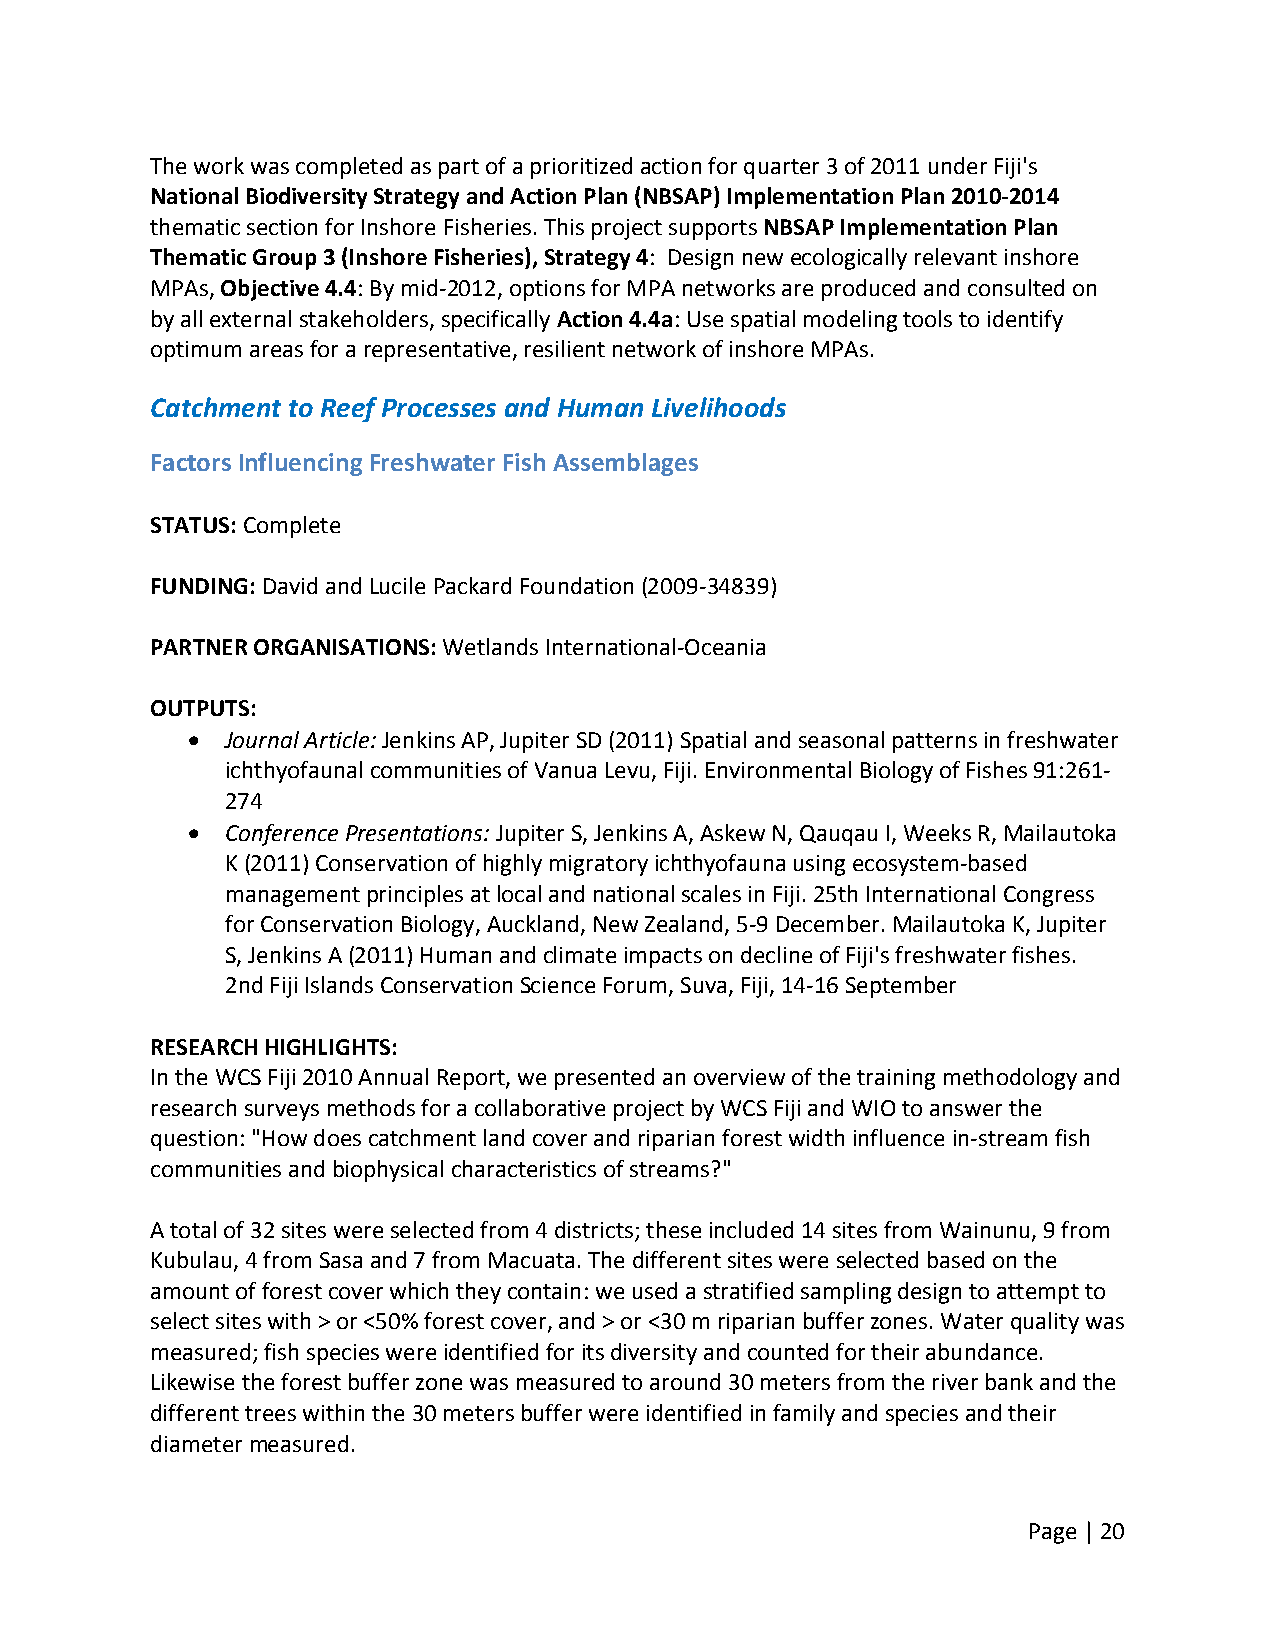
The work was completed as part of a prioritized action for quarter 3 of 2011 under Fiji's
 National Biodiversity Strategy and Action Plan (NBSAP) Implementation Plan 2010‐2014
 thematic section for Inshore Fisheries. This project supports NBSAP Implementation Plan
 Thematic Group 3 (Inshore Fisheries), Strategy 4: Design new ecologically relevant inshore
 MPAs, Objective 4.4: By mid‐2012, options for MPA networks are produced and consulted on
 by all external stakeholders, specifically Action 4.4a: Use spatial modeling tools to identify
 optimum areas for a representative, resilient network of inshore MPAs.
 Catchment to Reef Processes and Human Livelihoods
 Factors Influencing Freshwater Fish Assemblages
 STATUS: Complete
 FUNDING: David and Lucile Packard Foundation (2009‐34839)
 PARTNER ORGANISATIONS: Wetlands International‐Oceania
 OUTPUTS:
   Journal Article: Jenkins AP, Jupiter SD (2011) Spatial and seasonal patterns in freshwater
 ichthyofaunal communities of Vanua Levu, Fiji. Environmental Biology of Fishes 91:261‐
 274
   Conference Presentations: Jupiter S, Jenkins A, Askew N, Qauqau I, Weeks R, Mailautoka
 K (2011) Conservation of highly migratory ichthyofauna using ecosystem‐based
 management principles at local and national scales in Fiji. 25th International Congress
 for Conservation Biology, Auckland, New Zealand, 5‐9 December. Mailautoka K, Jupiter
 S, Jenkins A (2011) Human and climate impacts on decline of Fiji's freshwater fishes.
 2nd Fiji Islands Conservation Science Forum, Suva, Fiji, 14‐16 September
 RESEARCH HIGHLIGHTS:
 In the WCS Fiji 2010 Annual Report, we presented an overview of the training methodology and
 research surveys methods for a collaborative project by WCS Fiji and WIO to answer the
 question: "How does catchment land cover and riparian forest width influence in‐stream fish
 communities and biophysical characteristics of streams?"
 A total of 32 sites were selected from 4 districts; these included 14 sites from Wainunu, 9 from
 Kubulau, 4 from Sasa and 7 from Macuata. The different sites were selected based on the
 amount of forest cover which they contain: we used a stratified sampling design to attempt to
 select sites with > or <50% forest cover, and > or <30 m riparian buffer zones. Water quality was
 measured; fish species were identified for its diversity and counted for their abundance.
 Likewise the forest buffer zone was measured to around 30 meters from the river bank and the
 different trees within the 30 meters buffer were identified in family and species and their
 diameter measured.
 Page | 20